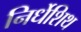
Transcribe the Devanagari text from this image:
निर्धेशिथ